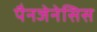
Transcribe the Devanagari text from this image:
पैनजेनेसिस